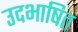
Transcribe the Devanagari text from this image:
उदभाषित